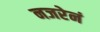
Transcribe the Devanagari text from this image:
नजरेनं